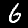
Digit: 6